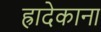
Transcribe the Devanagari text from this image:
ह्रादेकाना